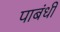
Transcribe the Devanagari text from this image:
पाबंधी